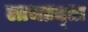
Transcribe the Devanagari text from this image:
लाभप्रद्ता